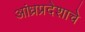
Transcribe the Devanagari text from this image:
आंध्रप्रदेशाचे